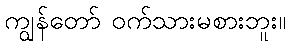
ကျွန်တော် ဝက်သားမစားဘူး။